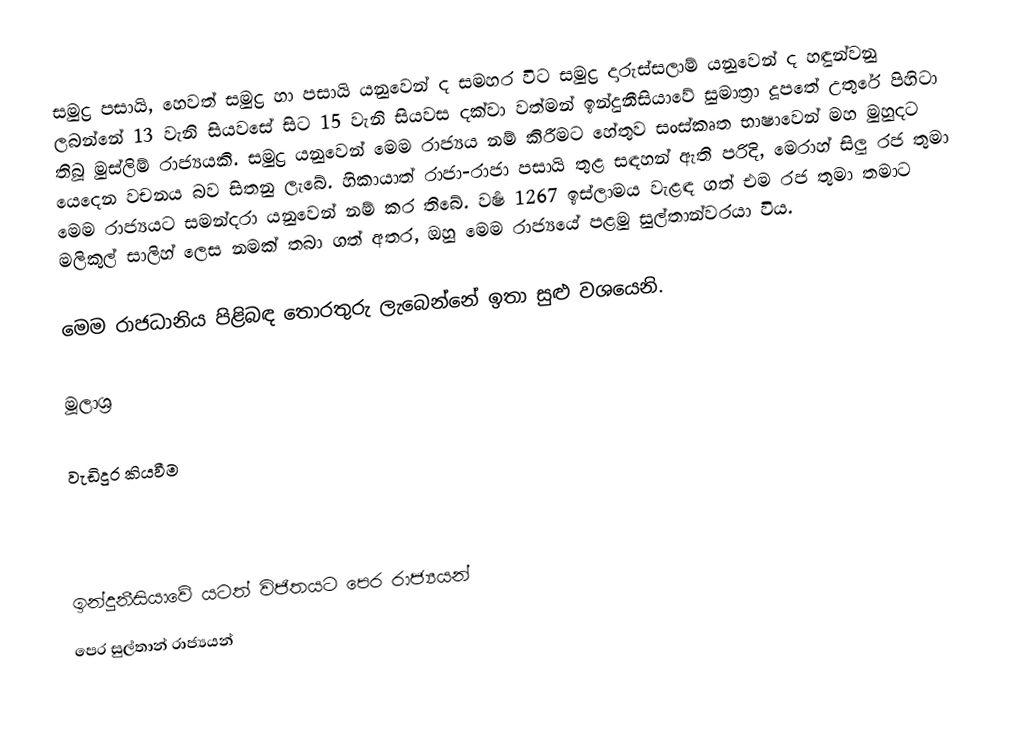
සමුද්‍ර පසායි, හෙවත් සමුද්‍ර හා පසායි යනුවෙන් ද සමහර විට සමුද්‍ර දාරුස්සලාම් යනුවෙන් ද හඳුන්වනු ලබන්නේ 13 වැනි සියවසේ සිට 15 වැනි සියවස දක්වා වත්මන් ඉන්දුනීසියාවේ සුමාත්‍රා දූපතේ උතුරේ පිහිටා තිබූ මුස්ලිම් රාජ්‍යයකි. සමුද්‍ර යනුවෙන් මෙම රාජ්‍යය නම් කිරීමට හේතුව සංස්කෘත භාෂාවෙන් මහ මුහුදට යෙදෙන වචනය බව සිතනු ලැබේ. හිකායාත් රාජා-රාජා පසායි තුළ සඳහන් ඇති පරිදි, මෙරාහ් සිලු රජ තුමා මෙම රාජ්‍යයට සමන්දරා යනුවෙන් නම් කර තිබේ. වර්‍ෂ 1267 ඉස්ලාමය වැළඳ ගත් එම රජ තුමා තමාට මලිකුල් සාලිහ් ලෙස නමක් තබා ගත් අතර, ඔහු මෙම රාජ්‍යයේ පළමු සුල්තාන්වරයා විය.

මෙම රාජධානිය පිළිබඳ තොරතුරු ලැබෙන්නේ ඉතා සුළු වශයෙනි.

මූලාශ්‍ර

වැඩිදුර කියවීම

ඉන්දුනීසියාවේ යටත් විජිතයට පෙර රාජ්‍යයන්
පෙර සුල්තාන් රාජ්‍යයන්